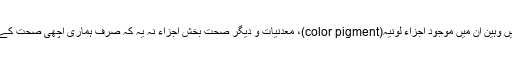
ہری بھری تازہ سبزیاں اور خوش ذائقہ اثمار جہاں اپنے متنوع رنگ کی وجہ سے ہمارے لئے باعث کشش ہیں وہین ان میں موجود اجزاء لونیہ(color pigment)، معدنیات و دیگر صحت بخش اجزاء نہ یہ کہ صرف ہماری اچھی صحت کے ضامن ہیں بلکہ یہ ہمارے بدن میں قوت و مناعت کا اضافہ کرکے بیماری کے ازالہ کا سبب بھی ہوتے ہیں۔